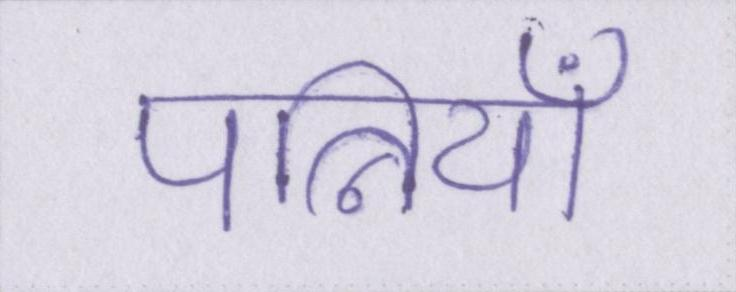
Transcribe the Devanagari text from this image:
पत्नियाँ